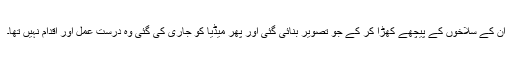
ان کے سلاخوں کے پیچھے کھڑا کر کے جو تصویر بنائی گئی اور پھر میڈیا کو جاری کی گئی وہ درست عمل اور اقدام نہیں تھا۔